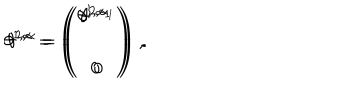
\theta ^ { 1 , \alpha } = \left( \begin{array} { c } { { \theta ^ { 1 , \alpha _ { 1 } } } } \\ { { 0 } } \\ \end{array} \right) \, , \hspace { 1 c m } \theta ^ { 2 , \alpha } = \left( \begin{array} { c } { { \theta ^ { 2 , \alpha _ { 1 } } } } \\ { { 0 } } \\ \end{array} \right) \, .